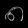
Digit: ၈